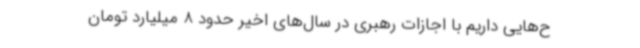
ح‌هایی داریم با اجازات رهبری در سال‌های اخیر حدود 8 میلیارد تومان